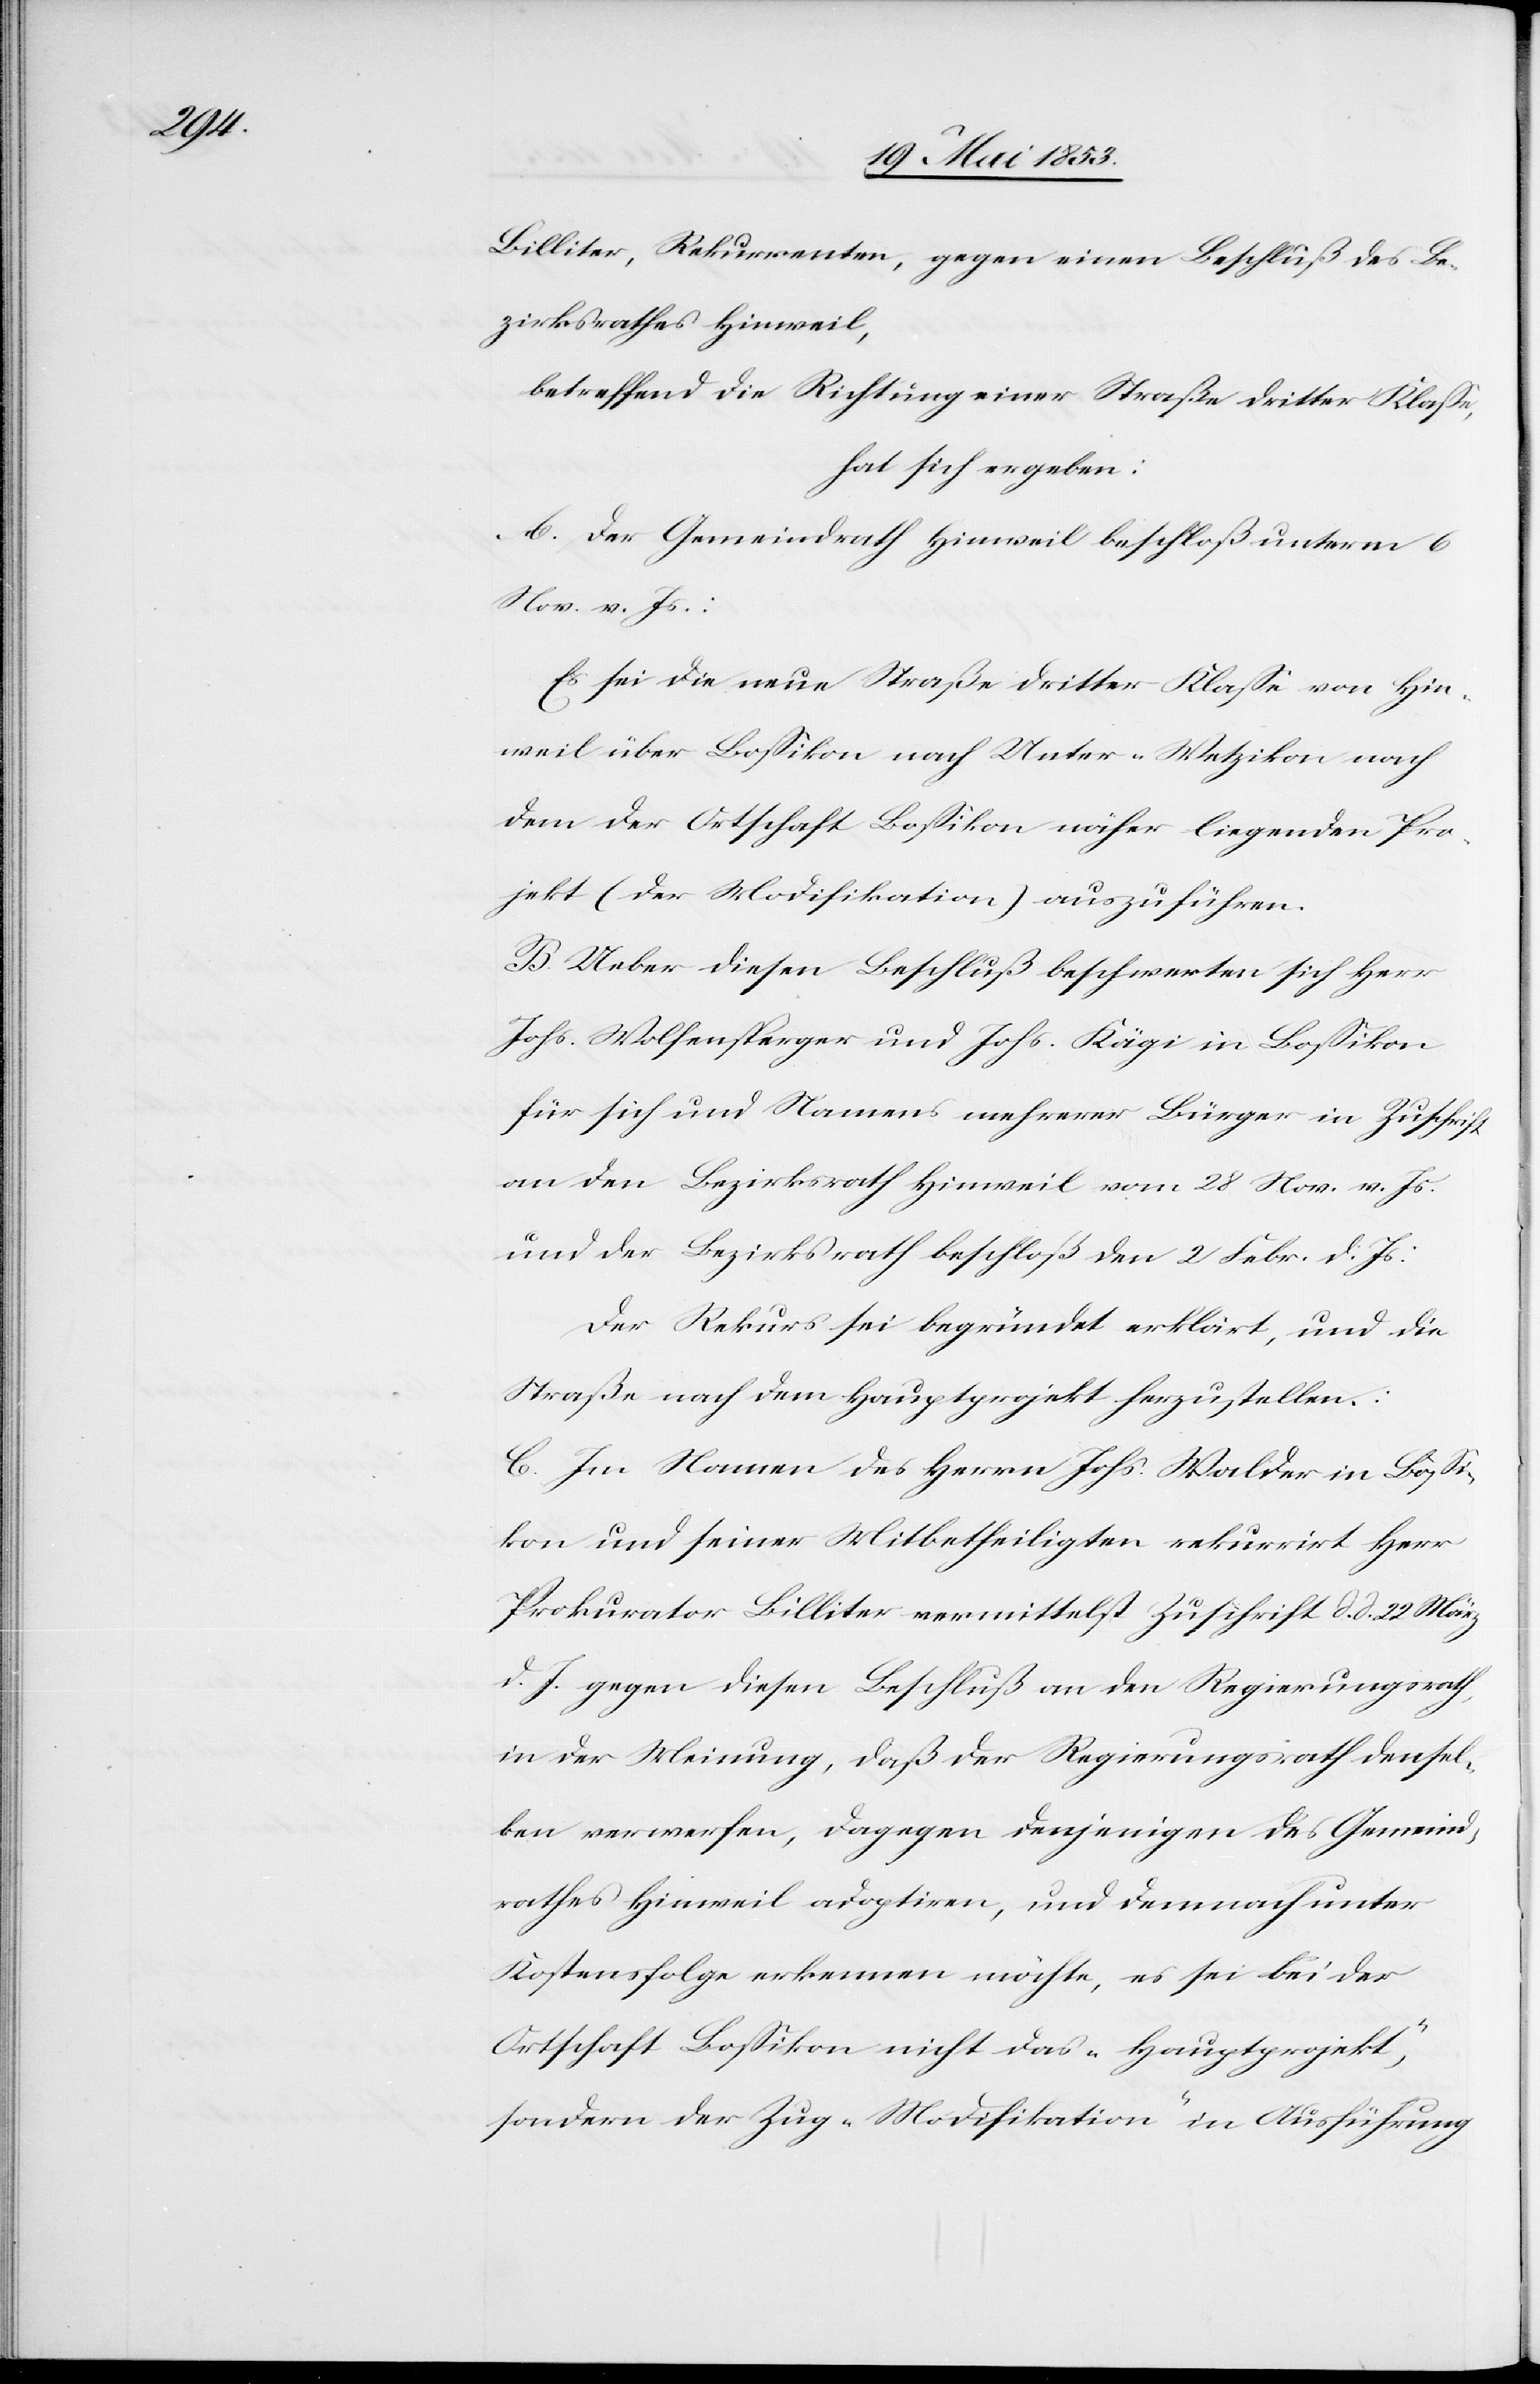
Billiter, Rekurrenten, gegen einen Beschluß des Be¬
zirksrathes Hinweil,
betreffend die Richtung einer Straße dritter Klaße,
hat sich ergeben:
A. der Gemeindrath Hinweil beschloß unterm 6
Nov. v. Js.:
Es sei die neue Straße dritter Klaße von Hin¬
weil über Boßikon nach Unter-Wetzikon nach
dem der Ortschaft Boßikon näher liegenden Pro¬
jekt (der Modifikation) auszuführen.
B. Ueber diesen Beschluß beschwerten sich Herr
Johs. Wolfensperger und Johs. Kägi in Boßikon
für sich und Namens mehrerer Bürger in Zuschrift
an den Bezirksrath Hinweil vom 28 Nov. v. Js.
und der Bezirksrath beschloß den 2 Febr. d. Js.:
Der Rekurs sei begründet erklärt, und die
Straße nach dem Hauptprojekt herzustellen:
C. Im Namen des Herrn Johs. Walder in Boßi¬
kon und seiner Mitbetheiligten rekurrirt Herr
Prokurator Billiter vermittelst Zuschrift d. d. 22 März
d. J. gegen diesen Beschluß an den Regierungsrath
in der Meinung, daß der Regierungsrath densel¬
ben verwerfen, dagegen denjenigen des Gemeind¬
rathes Hinweil adoptiren, und demnach unter
Kostenfolge erkennen möchte, es sei bei der
Ortschaft Boßikon nicht das „Hauptprojekt“,
sondern der Zug „Modifikation“ in Ausführung